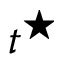
t ^ { \star }